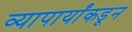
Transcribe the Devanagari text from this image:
व्यापार्यांकडून